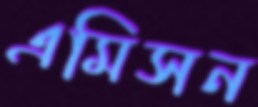
এমিসন